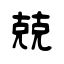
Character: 兢